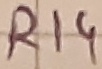
Text: R14